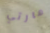
مارتي